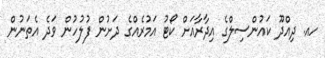
ހއ. ދިއްދޫ ކައުންސިލްގެ އިދާރާއަށް ކޯޓު އަމުރެއްގެ ދަށުން ފުލުހުން ވަދެ އެތަނުން